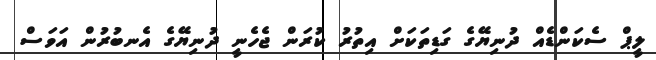
ލީޕް ސެކަންޑެއް ދުނިޔޭގެ ގަޑިތަކަށް އިތުރު ކުރަން ޖެހެނީ ދުނިޔޭގެ އެނބުރުން އަވަސް